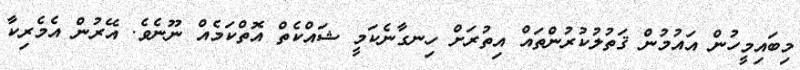
މިބައިމީހުން އައުމުން ޤަތުލުކުރުންތައް އިތުރަށް ހިނގާނެކަމީ ޝައްކެތް އޮތްކަމެއް ނޫނެވެ. އޭރުން އެމެރިކާ